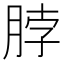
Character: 脖